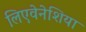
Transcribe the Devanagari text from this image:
लिएवेनेशिया